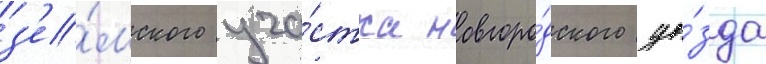
з'е́мского уча́стка новгоро́дского уе́зда